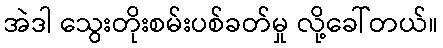
အဲဒါ သွေးတိုးစမ်းပစ်ခတ်မှု လို့ခေါ်တယ်။